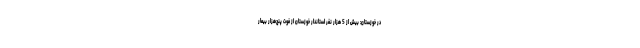
در خوزستان: بیش از 5 هزار نفر استاندار خوزستان از فوت پنج‌هزار بیمار